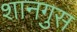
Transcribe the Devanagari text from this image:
शानगुस